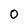
Character: 0